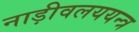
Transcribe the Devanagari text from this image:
नाड़ीवलययन्त्र